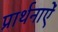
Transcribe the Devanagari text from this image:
प्रार्थनाऐं